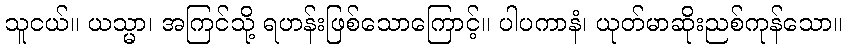
သူငယ်။ ယသ္မာ၊ အကြင်သို့ ရဟန်းဖြစ်သောကြောင့်။ ပါပကာနံ၊ ယုတ်မာဆိုးညစ်ကုန်သော။